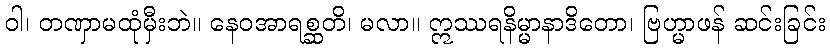
ဝါ၊ တဏှာမထုံမှီးဘဲ။ နေဝအာရစ္ဆတိ၊ မလာ။ ဣဿရနိမ္မာနာဒိတော၊ ဗြဟ္မာဖန် ဆင်းခြင်း